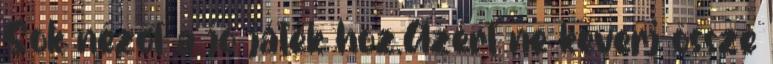
Sok nézőt a jó játék hoz.Azért ne keverj össze